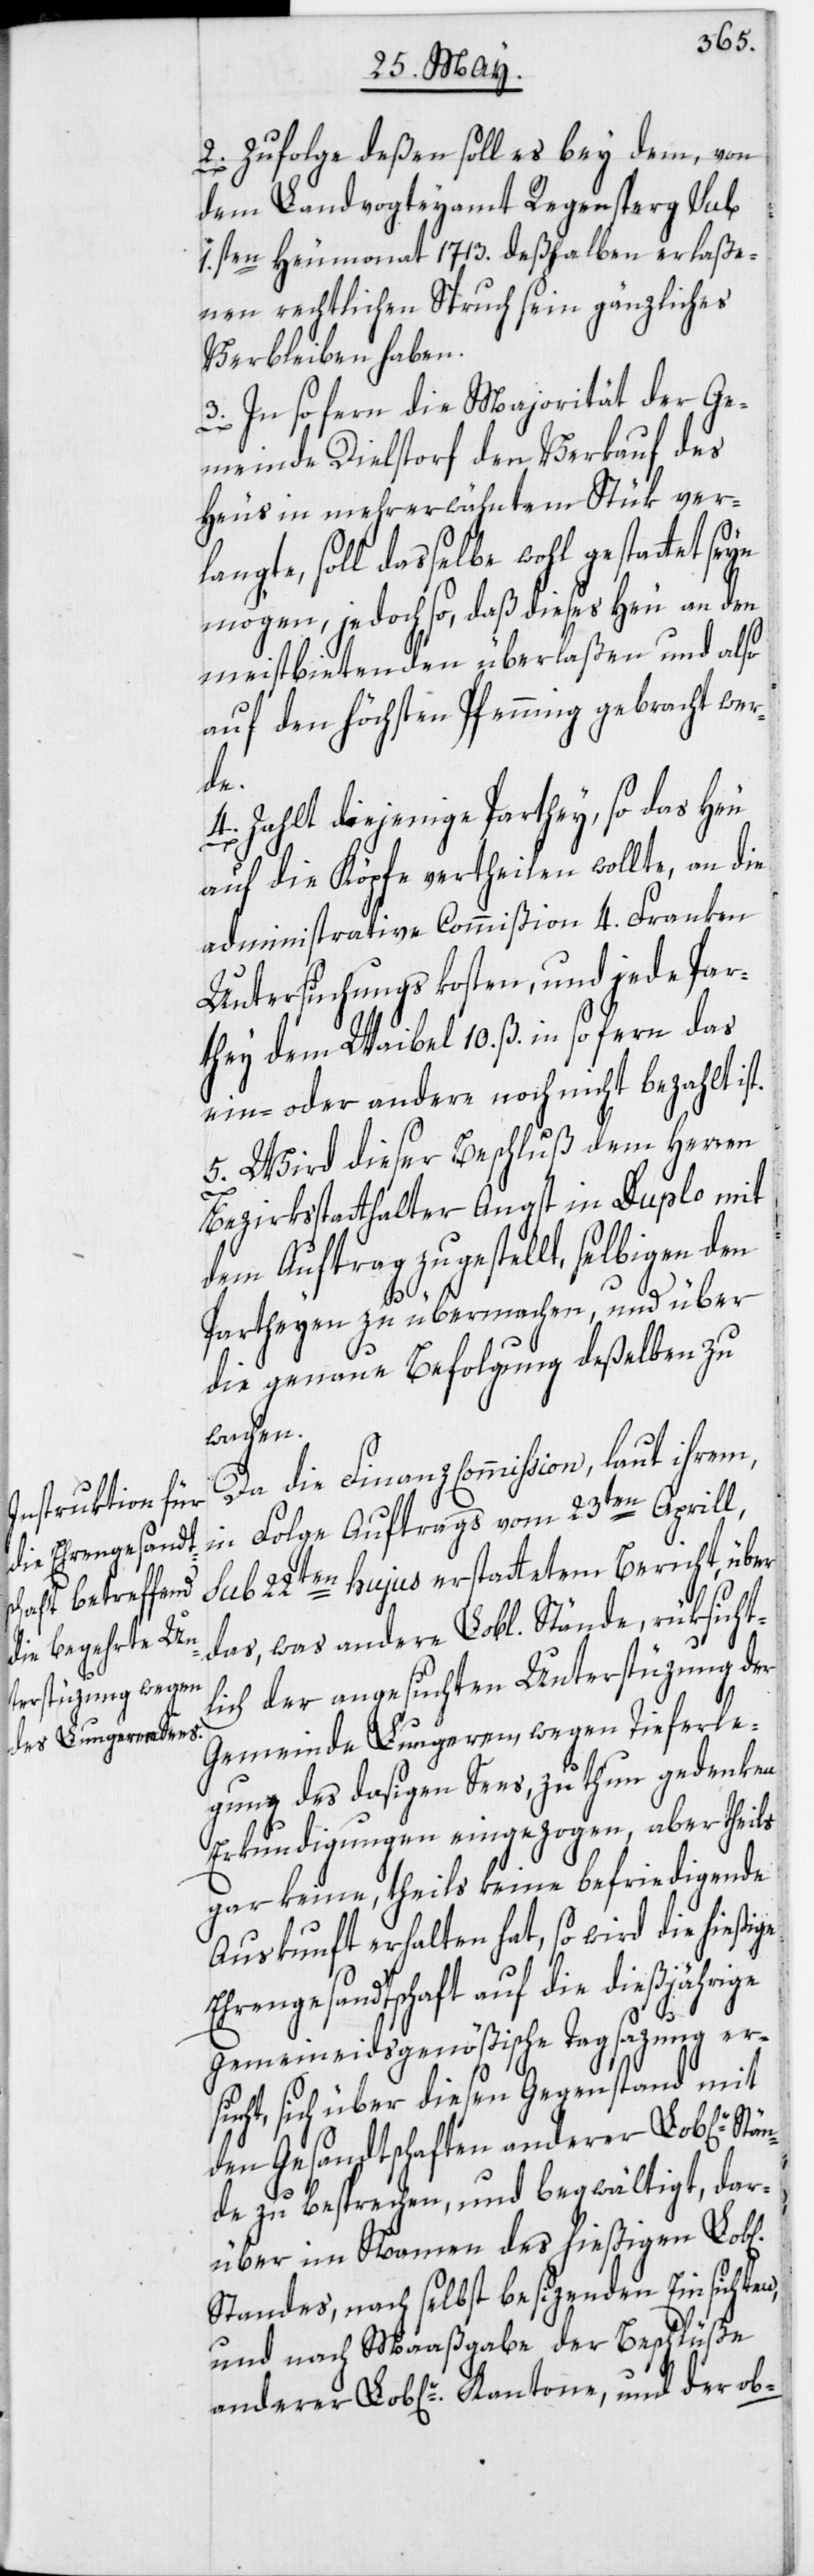
2. Zufolge deßen soll es bey dem, von
dem Landvogteyamt Regensperg sub
1.sten Heumonat 1713. deßhalben erlaße¬
nen rechtlichen Spruch sein gänzliches
Verbleiben haben.
3. In so fern die Majorität der Ge¬
meinde Dielstorf den Verkauf des
Heus in mehrerwähntem Stük ver¬
langte, soll dasselbe wohl gestattet
mögen, jedoch so, daß dieses Heu an den
meistbietenden überlaßen und also
auf den höchsten Pfenning gebracht wer¬
de.
4. Zahlt diejenige Parthey, so das Heu
auf die Köpfe vertheilen wollte, an die
administrative Commißion 4. Franken
Untersuchungskosten, und jede Par¬
they dem Waibel 10. ß. in so fern das
ein- oder andere noch nicht bezahlt ist.
5. Wird dieser Beschluß dem Herren
ichen]
Bezirksstatthalter Angst in Duplo mit
dem Auftrag zugestellt, selbigen den
Partheyen zu übermachen, und über
die genaue Befolgung deßelben zu
Da die Finanz[-]Commission, laut ihrem,
in Folge Auftrags vom 23ten Aprill,
sub 22ten hujus erstattetem Bericht, über
das, was andere Lobl. Stände, rüksicht¬
lich der angesuchten Unterstüzung der
Gemeinde Lungeren, wegen Tieferle¬
gung des dasigen Sees, zu thun gedenken,
Erkundigungen eingezogen, aber theils
gar keine, theils keine befriedigende
Auskunft erhalten hat, so wird die hießige
Ehrengesandtschaft auf die dießjährige
gemeineidsgenößische Tagsazung er¬
sucht, sich über diesen Gegenstand mit
den Gesandtschaften anderer Lob[lich¬
de zu besprechen, und begwältigt, dar¬
über im Namen des hießigen Lob[l¬
Standes, nach selbst besizenden Einsichten,
und nach Maaßgabe der Beschlüße
anderer Lob[liche]r Kantone, und der ob-